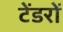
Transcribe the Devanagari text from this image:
टेंडरों